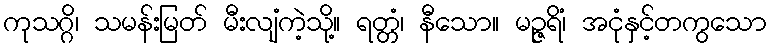
ကုသဂ္ဂိ၊ သမန်းမြတ် မီးလျံကဲ့သို့။ ရတ္တံ၊ နီသော။ မဉ္ဇရိံ၊ အငုံနှင့်တကွသော